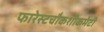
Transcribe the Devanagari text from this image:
फारेस्टचौकशीकमेटी